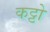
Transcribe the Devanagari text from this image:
कट्टो